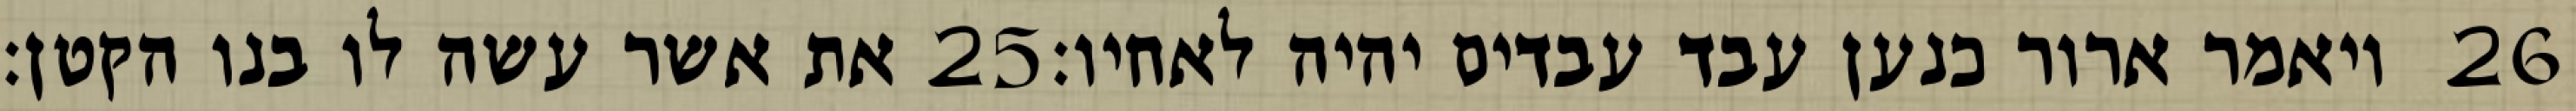
את אשר עשה לו בנו הקטן׃ ‎25‏ ויאמר ארור כנען עבד עבדים יהיה לאחיו׃ ‎26‏